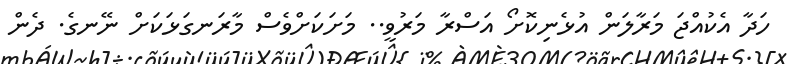
ހަދާ އެކުއްޖަ މަރާލަން އުޅެނިކޮށޯ އަސްރާ މަރުވީ.. މަށަކަށްވެސް މާރަނގަޅަކަށް ނޭނގެ. ދެން